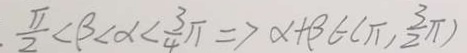
. \frac { \pi } { 2 } < \beta < \alpha < \frac { 3 } { 4 } \pi \Rightarrow \alpha + \beta \in ( \pi , \frac { 3 } { 2 } \pi )